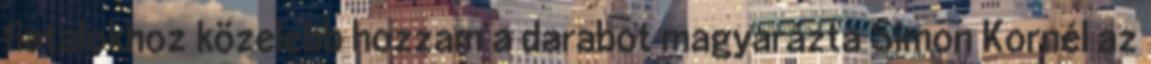
fiatalokhoz közelebb hozzam a darabot magyarázta Simon Kornél az